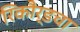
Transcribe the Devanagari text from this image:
रिकौर्डचा